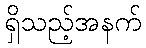
ရှိသည့်အနက်